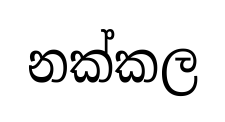
නක්කල